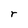
Character: r